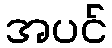
အပင်